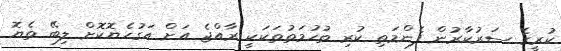
ކުރީގެ ސަރުކާރުން ފެންމަތި ކުރި ތުހުމަތުތަކަކީ ރާއްޖެ އަށް އަގުހެޔޮކޮށް ލިބޭ ތެޔޮ